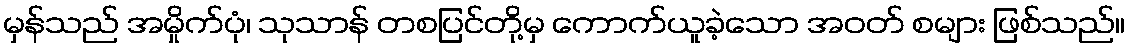
မှန်သည် အမှိုက်ပုံ၊ သုသာန် တစပြင်တို့မှ ကောက်ယူခဲ့သော အဝတ် စများ ဖြစ်သည်။